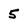
Character: 5